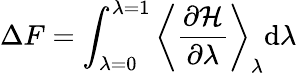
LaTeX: \Delta F=\int_{\lambda=0}^{\lambda=1}\left\langle\frac{\partial\mathcal{H}}{\partial\lambda}\right\rangle_{\lambda}\mathrm{d}\lambda